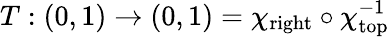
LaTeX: T:(0,1)\rightarrow(0,1)=\chi_{\mathrm{right}}\circ\chi_{\mathrm{top}}^{-1}